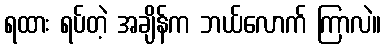
ရထား ရပ်တဲ့ အချိန်က ဘယ်လောက် ကြာလဲ။